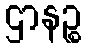
ဌာနဉ္စ